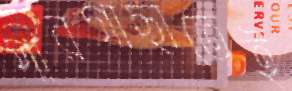
পীরগাছাতেই